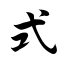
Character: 式